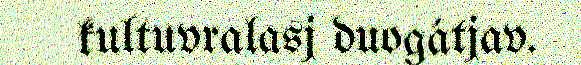
kultuvralasj duogátjav.